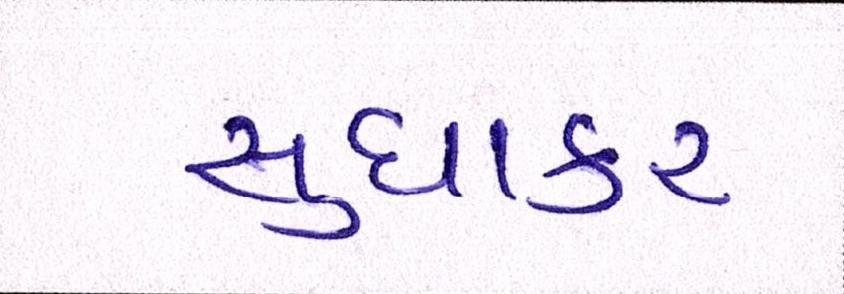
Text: સુધાકર